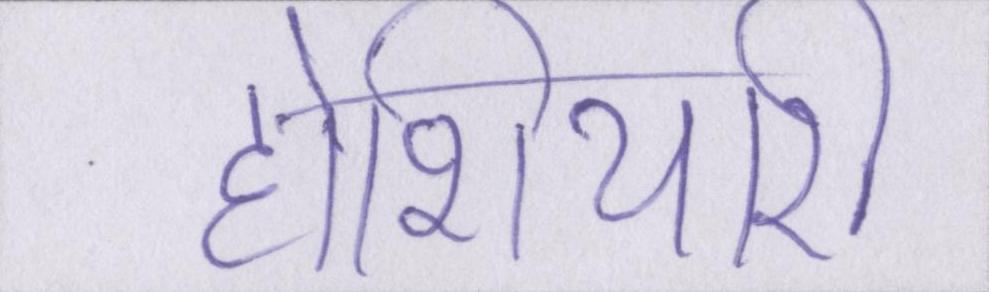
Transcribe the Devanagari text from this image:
होशियारी